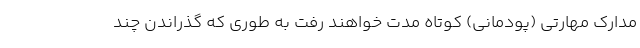
مدارک مهارتی (پودمانی) کوتاه مدت خواهند رفت به طوری که گذراندن چند